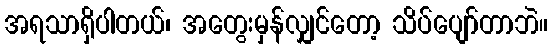
အရသာရှိပါတယ်၊ အတွေးမှန်လျှင်တော့ သိပ်ပျော်တာဘဲ။